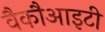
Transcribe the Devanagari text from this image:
वैकौआइटी